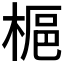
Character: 𪲲